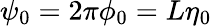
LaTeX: \psi_{0}=2\pi\phi_{0}=L\eta_{0}